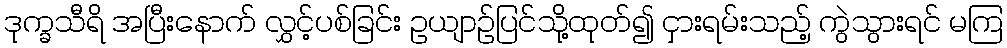
ဒုက္ခသီရိ အပြီးနောက် လွှင့်ပစ်ခြင်း ဥယျာဉ်ပြင်သို့ထုတ်၍ ငှားရမ်းသည့် ကွဲသွားရင် မကြ